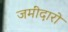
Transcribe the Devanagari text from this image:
जमींदारो